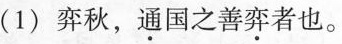
(1)弈秋，通国之善弈者也。